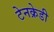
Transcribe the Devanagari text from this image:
टेनक्रेडी